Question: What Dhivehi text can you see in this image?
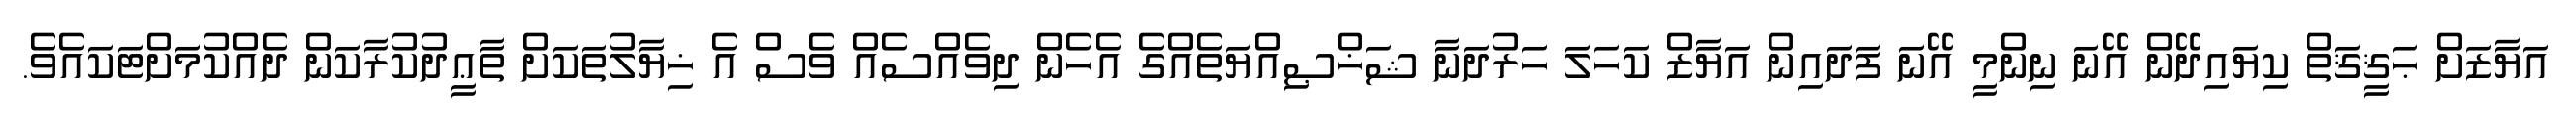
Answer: އަޔާޒަށް ޙަޤީޤަތް ކިޔައިދޭން އޭނަ ނިންމީ އޭނަ ފަދައިން އަޔާޒް ކަހަލަ ހަރުދަނާ ޝަޚްޞިއްޔަތެއްގެ އެހެން ދިވެއްސެއް ވެސް އެ ޚިޔާލުތަކަށް ތާޢީދުކުރާކަން ދެއްކުމަށްޓަކައެވެ.